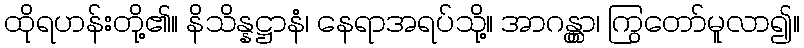
ထိုရဟန်းတို့၏။ နိသိန္နဋ္ဌာနံ၊ နေရာအရပ်သို့။ အာဂန္တွာ၊ ကြွတော်မူလာ၍။